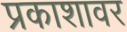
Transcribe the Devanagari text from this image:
प्रकाशावर